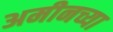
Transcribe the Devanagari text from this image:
अमीनच्या